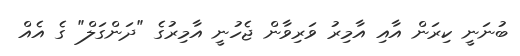
ބުނަނީ ކިރަން އާއި އާމިރު ވަރިވާން ޖެހުނީ އާމިރުގެ "ދަންގަލް" ގެ އެއް